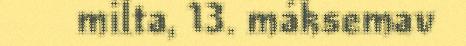
milta, 13. máksemav